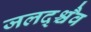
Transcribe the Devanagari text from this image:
जलद्श्चैव